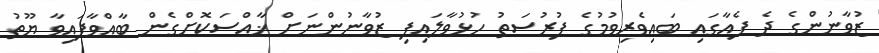
ޒުވާނުންގެ ދެ ފެއާގައި ބައިވެރިވުމުގެ ފުރުސަތު ހުޅުވާލައިފި ޒުވާނުންނަށް ޚާއްސަކޮށްގެން ބާއްވާފައިވާ ޔޫތު